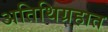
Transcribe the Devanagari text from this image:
अतिथिग्रहात